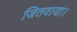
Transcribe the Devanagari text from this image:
जितवाया।